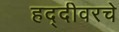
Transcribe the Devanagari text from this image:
हद्दीवरचे